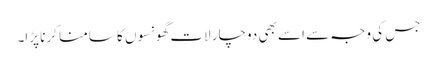
جس کی وجہ سے اسے بھی دوچار لات گھونسوں کا سامنا کرنا پڑا۔